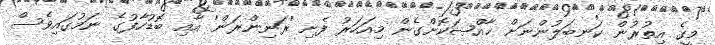
މީގެ އިތުރުން ކަނބަލުންނަށް ޚާއްޞަކޮށްގެން މިއަހަރު ފެށި 'ރަނިންރަން' އާއި ބޮޑުހާފުގެ ނަމުގައިވެސް